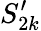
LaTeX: S_{2k}^{\prime}